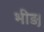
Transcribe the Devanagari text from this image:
भीड़़।